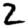
Digit: 2